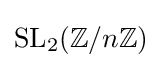
\mathrm {SL} _{2}(\mathbb {Z} /n\mathbb {Z} )